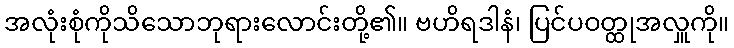
အလုံးစုံကိုသိသောဘုရားလောင်းတို့၏။ ဗဟိရဒါနံ၊ ပြင်ပဝတ္ထုအလှူကို။